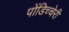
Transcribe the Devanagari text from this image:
पोंडिच्चेरी